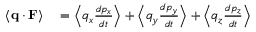
\begin{array} { r l } { \langle \mathbf { q } \cdot \mathbf { F } \rangle } & { { } = { \Bigl \langle } q _ { x } { \frac { d p _ { x } } { d t } } { \Bigr \rangle } + { \Bigl \langle } q _ { y } { \frac { d p _ { y } } { d t } } { \Bigr \rangle } + { \Bigl \langle } q _ { z } { \frac { d p _ { z } } { d t } } { \Bigr \rangle } } \end{array}